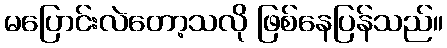
မပြောင်းလဲတော့သလို ဖြစ်နေပြန်သည်။